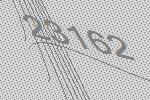
23162